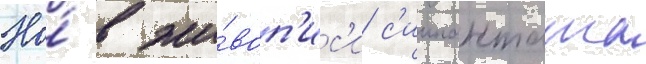
Но́ в жи́воп'ис'и с'иипанташа